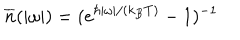
LaTeX: { \overline { { n } } } ( | \omega | ) = ( e ^ { \hbar | \omega | / ( k _ { B } T ) } - 1 ) ^ { - 1 }